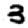
Digit: 3